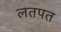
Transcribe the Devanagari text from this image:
लतपत